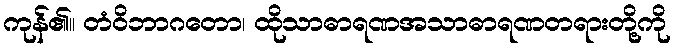
ကုန်၏။ တံဝိဘာဂတော၊ ထိုသာဓာရဏအသာဓာရဏတရားတို့ကို